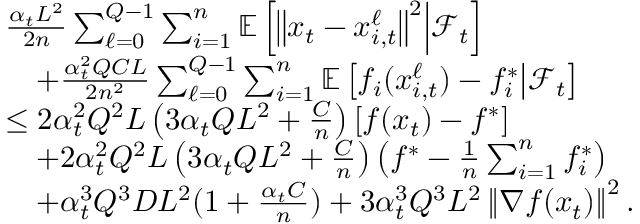
\begin{array} { r l } & { \frac { \alpha _ { t } L ^ { 2 } } { 2 n } \sum _ { \ell = 0 } ^ { Q - 1 } \sum _ { i = 1 } ^ { n } \mathbb { E } \left[ \left\Vert x _ { t } - x _ { i , t } ^ { \ell } \right\Vert ^ { 2 } \middle | \mathcal { F } _ { t } \right] } \\ & { \quad + \frac { \alpha _ { t } ^ { 2 } Q C L } { 2 n ^ { 2 } } \sum _ { \ell = 0 } ^ { Q - 1 } \sum _ { i = 1 } ^ { n } \mathbb { E } \left[ f _ { i } ( x _ { i , t } ^ { \ell } ) - f _ { i } ^ { * } \middle | \mathcal { F } _ { t } \right] } \\ & { \leq 2 \alpha _ { t } ^ { 2 } Q ^ { 2 } L \left( 3 \alpha _ { t } Q L ^ { 2 } + \frac { C } { n } \right) \left[ f ( x _ { t } ) - f ^ { * } \right] } \\ & { \quad + 2 \alpha _ { t } ^ { 2 } Q ^ { 2 } L \left( 3 \alpha _ { t } Q L ^ { 2 } + \frac { C } { n } \right) \left( f ^ { * } - \frac { 1 } { n } \sum _ { i = 1 } ^ { n } f _ { i } ^ { * } \right) } \\ & { \quad + \alpha _ { t } ^ { 3 } Q ^ { 3 } D L ^ { 2 } ( 1 + \frac { \alpha _ { t } C } { n } ) + 3 \alpha _ { t } ^ { 3 } Q ^ { 3 } L ^ { 2 } \left\Vert \nabla f ( x _ { t } ) \right\Vert ^ { 2 } . } \end{array}